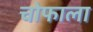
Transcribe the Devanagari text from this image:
चोफाला